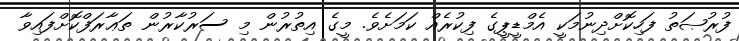
ފުރުޞަތު ފަހިކޮށްދިނުމަކީ އެމްޑީޕީގެ ފިކުރެއް ކަމަށެވެ. މީގެ އިތުރުން މި ސަރުކާރުން ތަޢާރަފްކޮށްފައިވާ